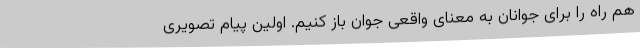
هم راه را برای جوانان به معنای واقعی جوان باز کنیم. اولین پیام تصویری